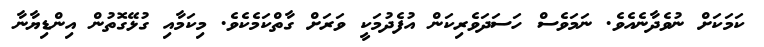
ކަމަކަށް ނުވެދާނެއެވެ. ނަމަވެސް ހަސަދަވެރިކަން އުފެދުމަކީ ވަރަށް ގާތްކަމެކެވެ. މިކަމާއި ގުޅޭގޮތުން އިންޑިޔާނާ